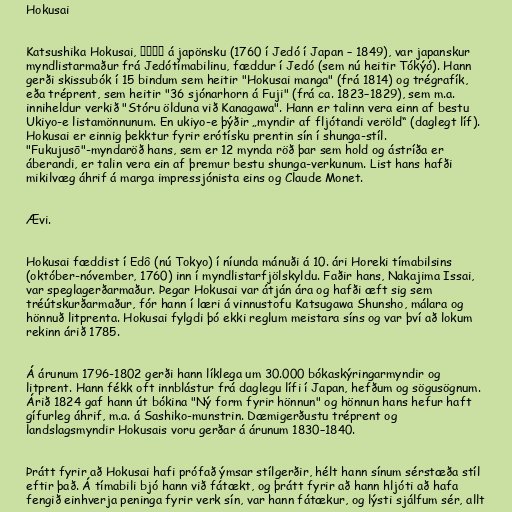
Hokusai

Katsushika Hokusai, 葛飾北斎 á japönsku (1760 í Jedó í Japan – 1849), var japanskur
myndlistarmaður frá Jedótímabilinu, fæddur í Jedó (sem nú heitir Tókýó). Hann
gerði skissubók í 15 bindum sem heitir "Hokusai manga" (frá 1814) og trégrafík,
eða tréprent, sem heitir "36 sjónarhorn á Fuji" (frá ca. 1823–1829), sem m.a.
inniheldur verkið "Stóru ölduna við Kanagawa". Hann er talinn vera einn af bestu
Ukiyo-e listamönnunum. En ukiyo-e þýðir „myndir af fljótandi veröld“ (daglegt líf).
Hokusai er einnig þekktur fyrir erótísku prentin sín í shunga-stíl.
"Fukujusō"-myndaröð hans, sem er 12 mynda röð þar sem hold og ástríða er
áberandi, er talin vera ein af þremur bestu shunga-verkunum. List hans hafði
mikilvæg áhrif á marga impressjónista eins og Claude Monet.

Ævi.

Hokusai fæddist í Edô (nú Tokyo) í níunda mánuði á 10. ári Horeki tímabilsins
(október-nóvember, 1760) inn í myndlistarfjölskyldu. Faðir hans, Nakajima Issai,
var speglagerðarmaður. Þegar Hokusai var átján ára og hafði æft sig sem
tréútskurðarmaður, fór hann í læri á vinnustofu Katsugawa Shunsho, málara og
hönnuð litprenta. Hokusai fylgdi þó ekki reglum meistara síns og var því að lokum
rekinn árið 1785.

Á árunum 1796-1802 gerði hann líklega um 30.000 bókaskýringarmyndir og
litprent. Hann fékk oft innblástur frá daglegu lífi í Japan, hefðum og sögusögnum.
Árið 1824 gaf hann út bókina "Ný form fyrir hönnun" og hönnun hans hefur haft
gífurleg áhrif, m.a. á Sashiko-munstrin. Dæmigerðustu tréprent og
landslagsmyndir Hokusais voru gerðar á árunum 1830–1840.

Þrátt fyrir að Hokusai hafi prófað ýmsar stílgerðir, hélt hann sínum sérstæða stíl
eftir það. Á tímabili bjó hann við fátækt, og þrátt fyrir að hann hljóti að hafa
fengið einhverja peninga fyrir verk sín, var hann fátækur, og lýsti sjálfum sér, allt